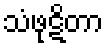
သံဖုဋိတာ